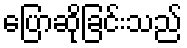
ပြောဆိုခြင်းသည်